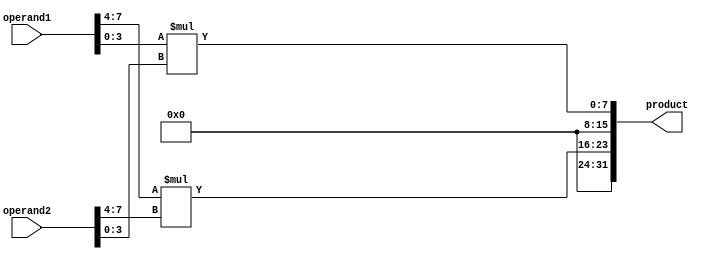
module Radix4_Multiplier(
    input [15:0] operand1,
    input [15:0] operand2,
    output reg [31:0] product
);

reg [15:0] partial_product1, partial_product2, partial_product3;

assign partial_product1 = operand1[3:0] * operand2[3:0];
assign partial_product2 = operand1[7:4] * operand2[7:4];
assign partial_product3 = operand1[11:8] * operand2[11:8];

always @(*) begin
    product = {partial_product3, partial_product2, partial_product1};
end

endmodule